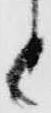
と